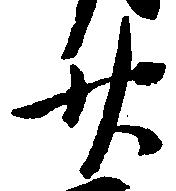
廿